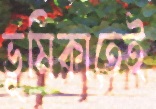
ভূমিকাতেই